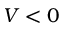
V < 0